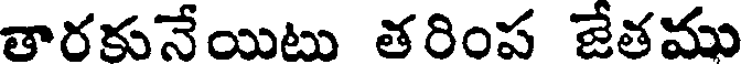
తారకునేయిటు తరింప జేతము